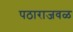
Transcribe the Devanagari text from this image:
पठाराजवळ